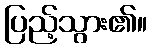
ပြည့်သွား၏။